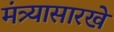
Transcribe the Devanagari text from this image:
मंत्र्यासारखे